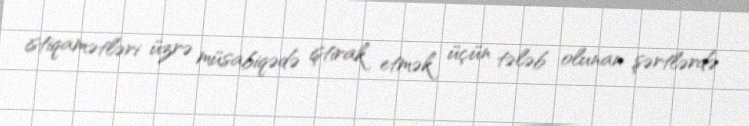
istiqamətləri üzrə müsabiqədə iştirak etmək üçün tələb olunan şərtlərdə